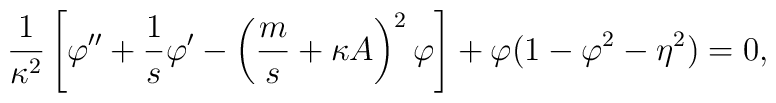
\frac{1}{\kappa^2} \left[ \varphi'' + \frac{1}{s}\varphi' - \left(\frac{m}{s} +\kappa A\right)^2\varphi \right] +\varphi(1-\varphi^2 -\eta^2)=0,